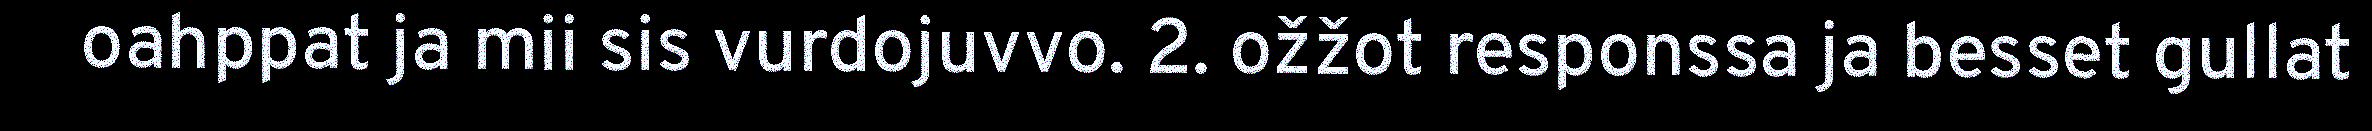
oahppat ja mii sis vurdojuvvo. 2. ožžot responssa ja besset gullat